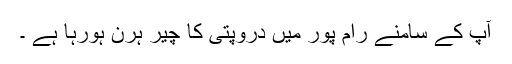
آپ کے سامنے رام پور میں دروپتی کا چیر ہرن ہورہا ہے ۔